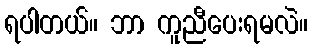
ရပါတယ်။ ဘာ ကူညီပေးရမလဲ။